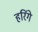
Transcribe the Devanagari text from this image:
हरिंगे